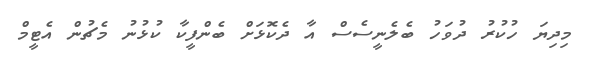
މިދިޔަ ހުކުރު ދުވަހު ބެލެނީސެސް އާ ދެކޮޅަށް ބެންފީކާ ކުޅުނު މެޗުން އެޓީމް